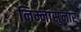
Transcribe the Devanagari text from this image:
निम्नासुनार